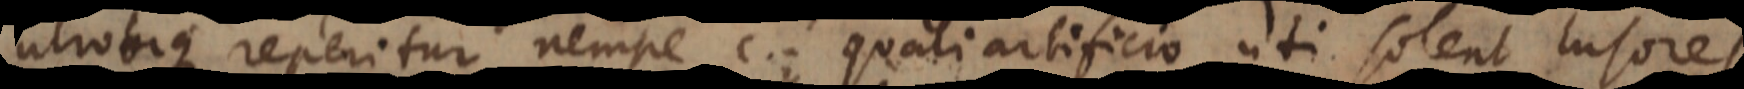
utrobique reperitur nempe c. Quali artificio uti solent lusores